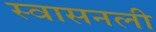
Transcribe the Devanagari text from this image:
स्वासनली